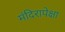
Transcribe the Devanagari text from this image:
मंदिरापेक्षा